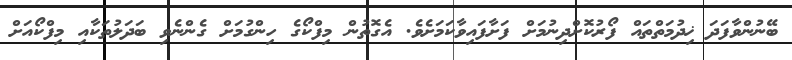
ބޭނުންވާފަދަ ޚިދުމަތްތައް ފޯރުކޮށްދިނުމަށް ފަށާފައިވާކަމަށެވެ. އެގޮތުން މިފްކޯގެ ހިންގުމަށް ގެންނެވި ބަދަލުތަކާއި މިފްކޯއަށް